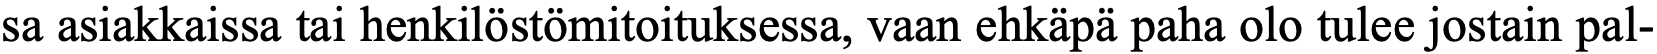
sa asiakkaissa tai henkilöstömitoituksessa, vaan ehkäpä paha olo tulee jostain pal-